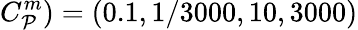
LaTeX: C_{\mathcal{P}}^{m})=(0.1,1/3000,10,3000)